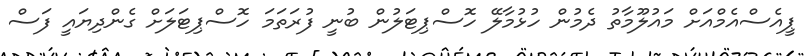
ޕީއެސްއެމްއަށް މައުލޫމާތު ދެމުން ހުޅުމާލޭ ހޮސްޕިޓަލުން ބުނީ ފުރަތަމަ ހޮސްޕިޓަލަށް ގެންދިޔައީ ފަސް